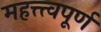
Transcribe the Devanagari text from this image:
महत्त्त्वपूर्ण